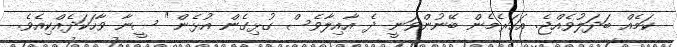
ކަމެއް ބަދަލުވެއްޖެ. އަހަރެމެން ބޭނުންވަނީ ދެ އާއިލާވެސް ގުޅިގެން އުޅެން" ސީނާ ވާހަކަދެއްކިއެވެ.